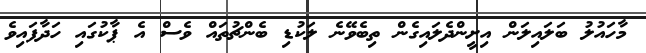
މާހައުލު ބަލައިލަން އިށީންދެލައިގެން ތިބެވޭނެ ލަކުޑި ބެންޗުތައް ވެސް އެ ޕާކުގައި ހަދާފައިވެ